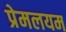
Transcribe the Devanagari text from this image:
प्रेमलयम